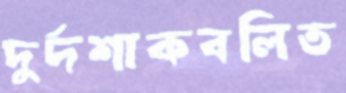
দুর্দশাকবলিত